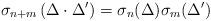
LaTeX: \begin{align*}\sigma_{n+m}\left(\Delta\cdot \Delta'\right) = \sigma_n(\Delta)\sigma_m(\Delta')\end{align*}